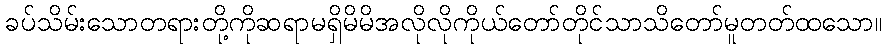
ခပ်သိမ်းသောတရားတို့ကိုဆရာမရှိမိမိအလိုလိုကိုယ်တော်တိုင်သာသိတော်မူတတ်ထသော။